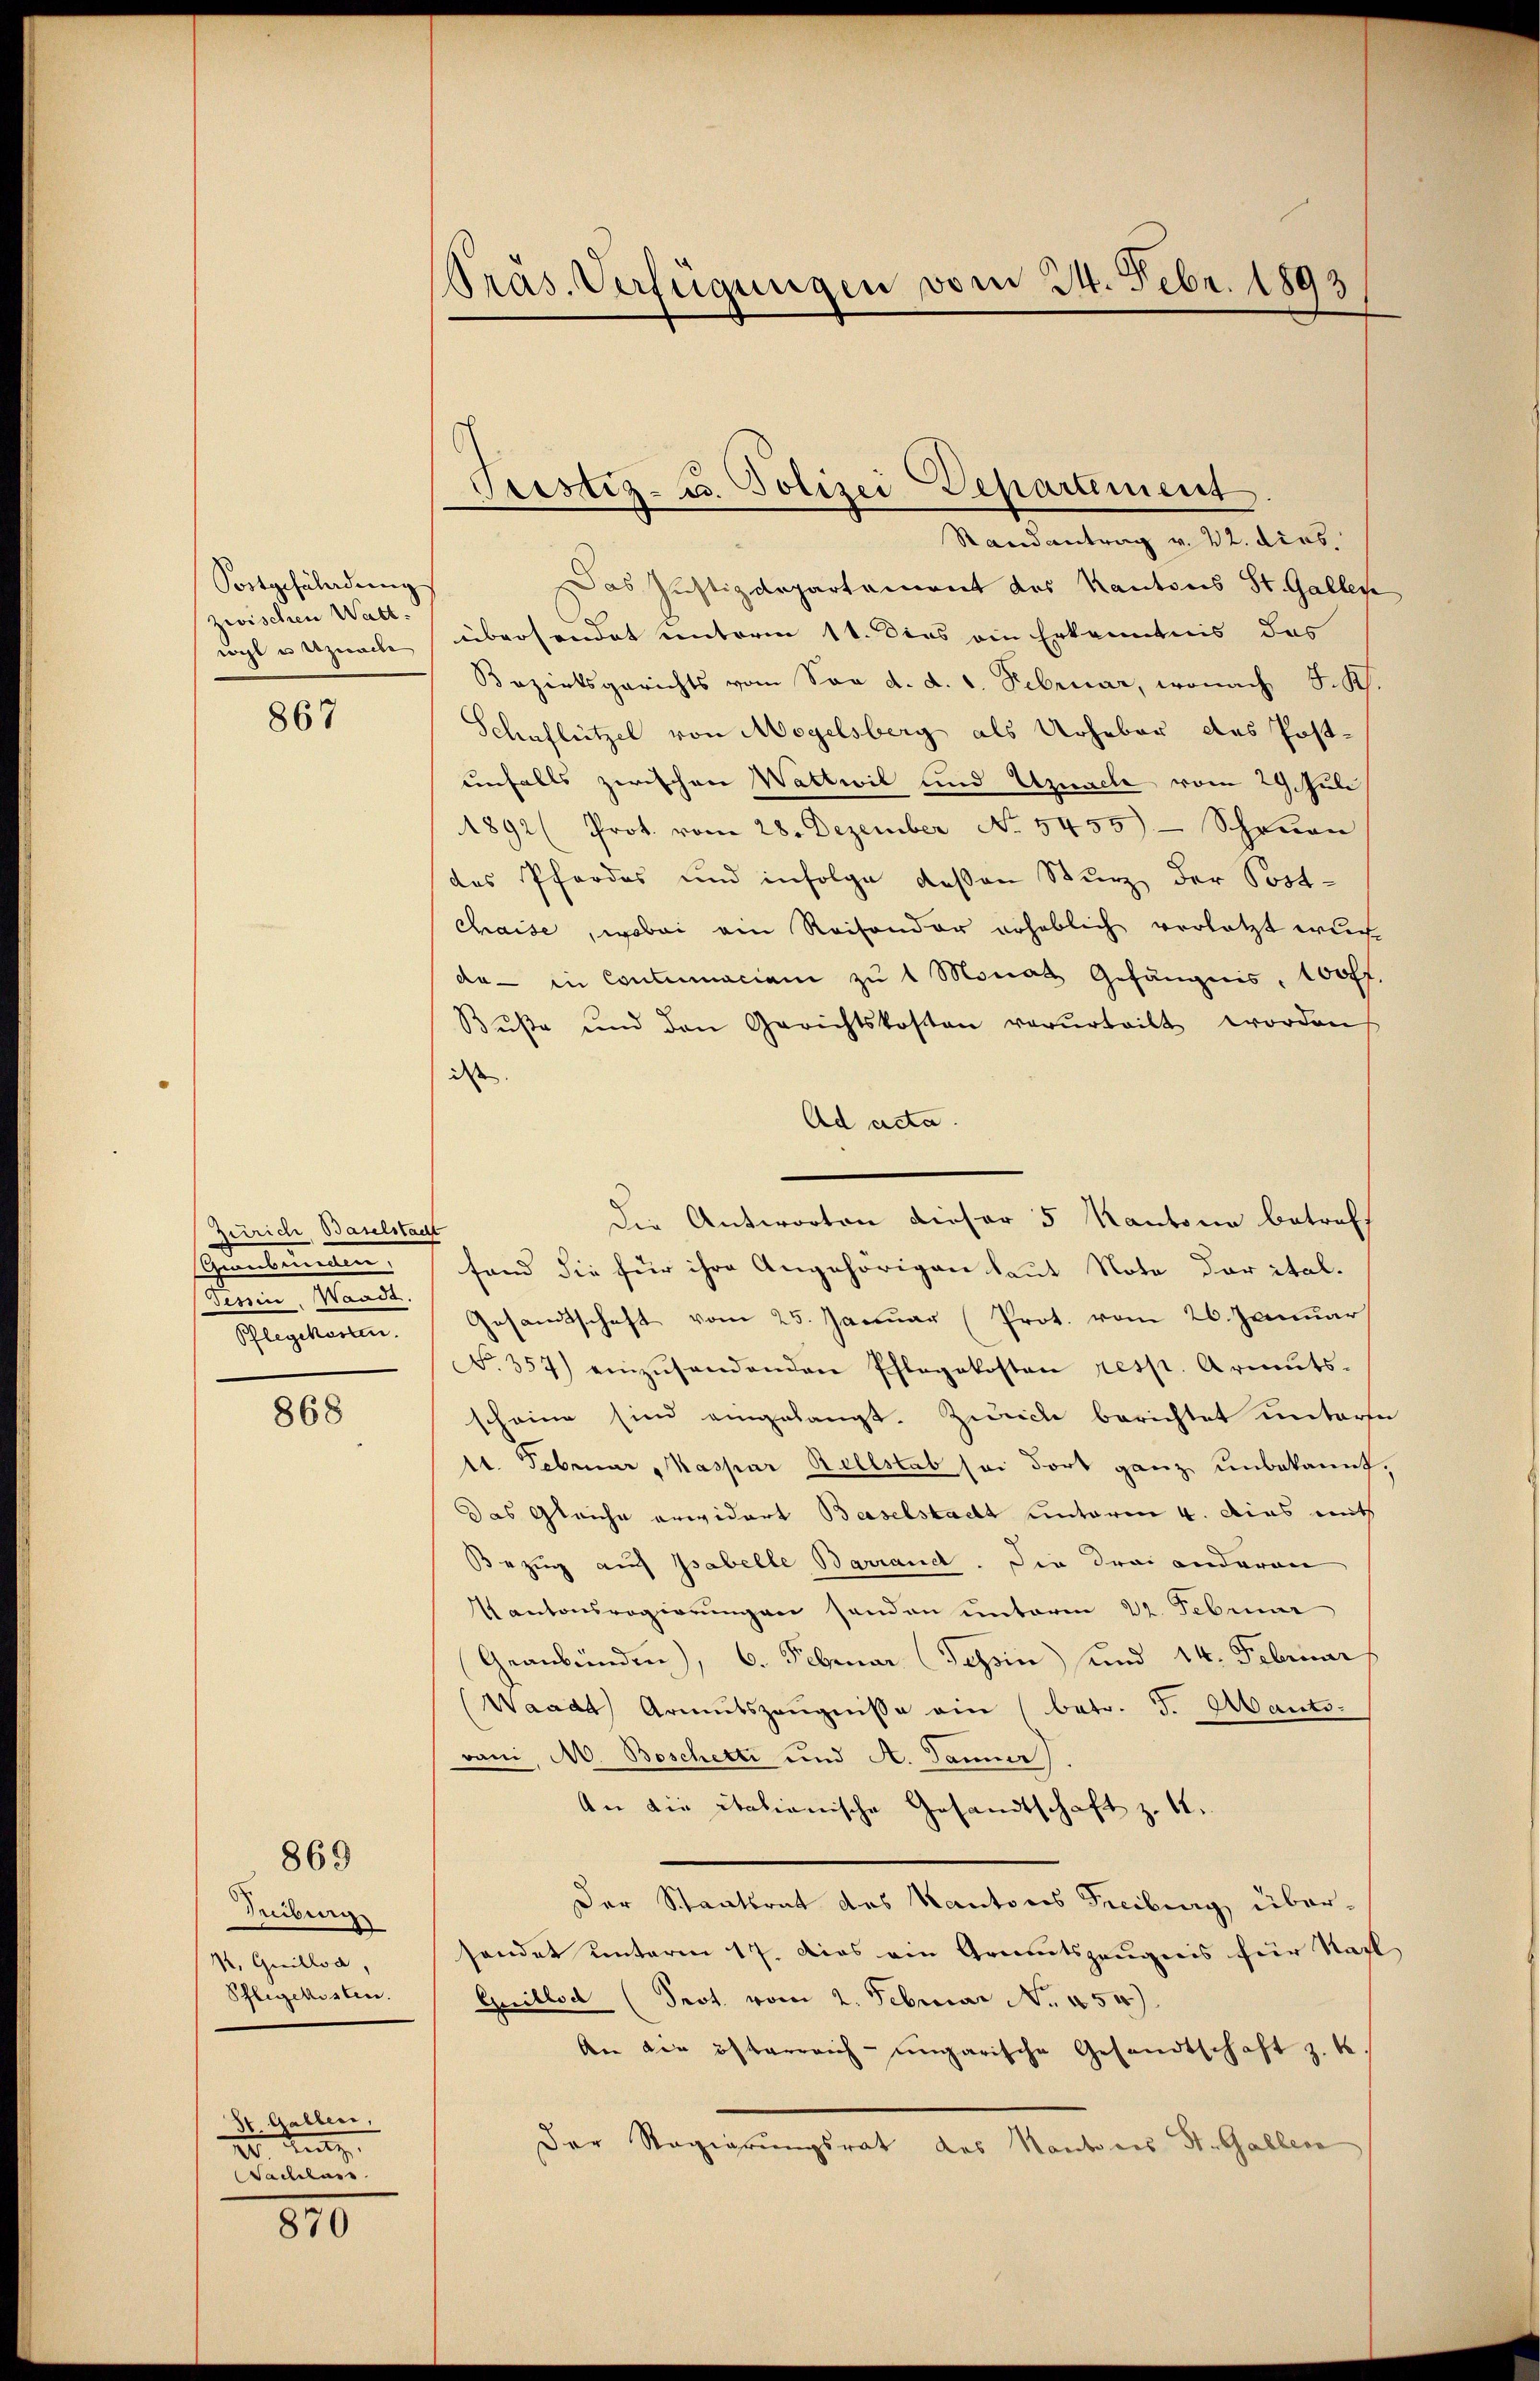
Fortgefährdung
zwischen Watt.
wohl in Uznache

867

Zeirich Baselstadt
Gendammann
Tessin, Waadt,
Heptionen

868

869

Freiburg
M, Guilla,
Schlegekisten.

S. Gallen,
 Aug.
Walleler.

870

Pras. Verfügungen vom 24. Febr. 1893

Randantrag v. 22. dies
Das Justizdepartement des Kantons St. Gallen
s
übersendet unterm 11. Dies ein Erkenntnis das
Bezirksgerichts vom Son d. d. 1. Februar, wonach J. K
Schaflützel von Megelsberg als Urheber das Postunfalls zwischen Wattwil und Uznache vom 29. Juli
892 (Prot. vom 28. Dezember No. 5455)- Schenan
das Pfordes und infolge deßen Sturz der Post-
Chaise, wobei ein Reisonder erheblich verletzt wur
da - in Contumaciam zŭ 1 Monat Gefängnis, 100 ff.
Bŭβe und den Gerichtskosten verurteilt worden
dass
Ad acta.
Die Antworten dieser 5 Kantone betreff
fand die für ihre Angehörigen laut Note der ital.
Gesamtschaft vom 25. Januar (Prot. vom 26. Januar
F. 357) einzŭsendenden Pflegekosten resp. Armuts-
scheine sind eingelangt. Zweck berichtet unterse
11. Februar Kaspar Rellstab sei dort ganz unbekannt,
Das Gleiche erwidert Baselstacht unterm 4. das mit
Bezug auf Isabelle Barrandt. Die drei anderen
Kantonsregierungen senden unterm 22. Februar
Geanbünden, 6. Februar (Tessin und 14. Februar
(Waadt Armutszeŭgnisse ein (betr. J. Mants-
vani, M. Boschetti und A. Danier
An die italienische Gesandtschaft z. B.
Der Staatsrat des Kantons Freiburg übersendet unterm 17. Das ein Gramtszeugnis für Nach
Grillod (Prot. vom 2. Februar No. 454).
An die österreich-ungarische Gesandtschaft z. K.
Der Regierungsrat des Kantones St. Gallera

Seestiz- u. Polizei-Departement